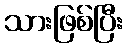
သားဖြစ်ပြီး